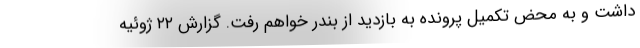
داشت و به محض تکمیل پرونده به بازدید از بندر خواهم رفت. گزارش ۲۲ ژوئیه